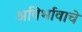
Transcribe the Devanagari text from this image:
अविर्भावाचे